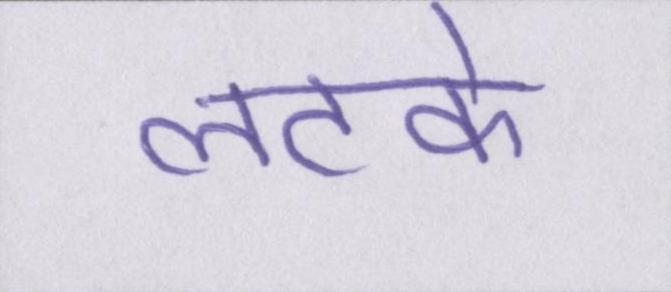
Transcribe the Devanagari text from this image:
लटके